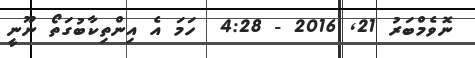
ނޮވެމްބަރު 21